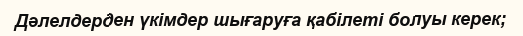
Дәлелдерден үкімдер шығаруға қабілеті болуы керек;